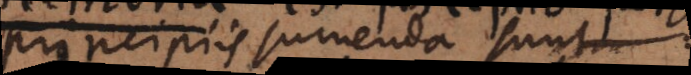
principiis sumenda sunt: